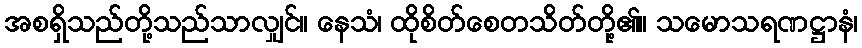
အစရှိသည်တို့သည်သာလျှင်။ နေသံ၊ ထိုစိတ်စေတသိတ်တို့၏။ သမောသရဏဋ္ဌာနံ၊